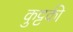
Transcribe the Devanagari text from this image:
कुट्टकी